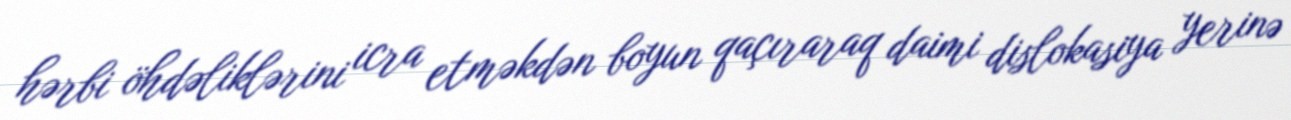
hərbi öhdəliklərini icra etməkdən boyun qaçıraraq daimi dislokasiya yerinə